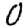
Digit: 0